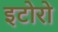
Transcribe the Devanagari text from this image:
इटोरो